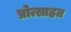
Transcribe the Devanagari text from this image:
प्रोत्साहत